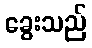
ခွေးသည်